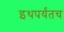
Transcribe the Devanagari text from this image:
इथपर्यंतच